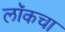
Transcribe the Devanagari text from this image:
लॉकचा